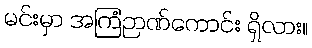
မင်းမှာ အကြံဉာဏ်ကောင်း ရှိလား။